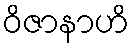
ဝိဇာနာဟိ